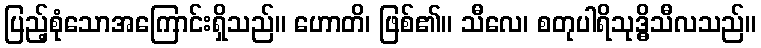
ပြည့်စုံသောအကြောင်းရှိသည်။ ဟောတိ၊ ဖြစ်၏။ သီလေ၊ စတုပါရိသုဒ္ဓိသီလသည်။